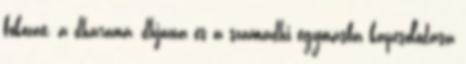
fokozat, a dháraná, dhjána és a szamádhi egymásba kapcsolódása